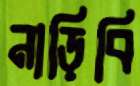
নাড়িবি